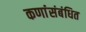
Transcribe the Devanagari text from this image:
कणांंसंबंधित